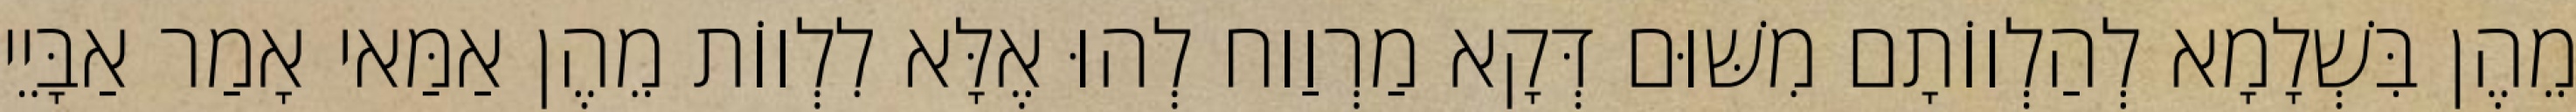
מֵהֶן בִּשְׁלָמָא לְהַלְווֹתָם מִשּׁוּם דְּקָא מַרְוַוח לְהוּ אֶלָּא לִלְווֹת מֵהֶן אַמַּאי אָמַר אַבָּיֵי